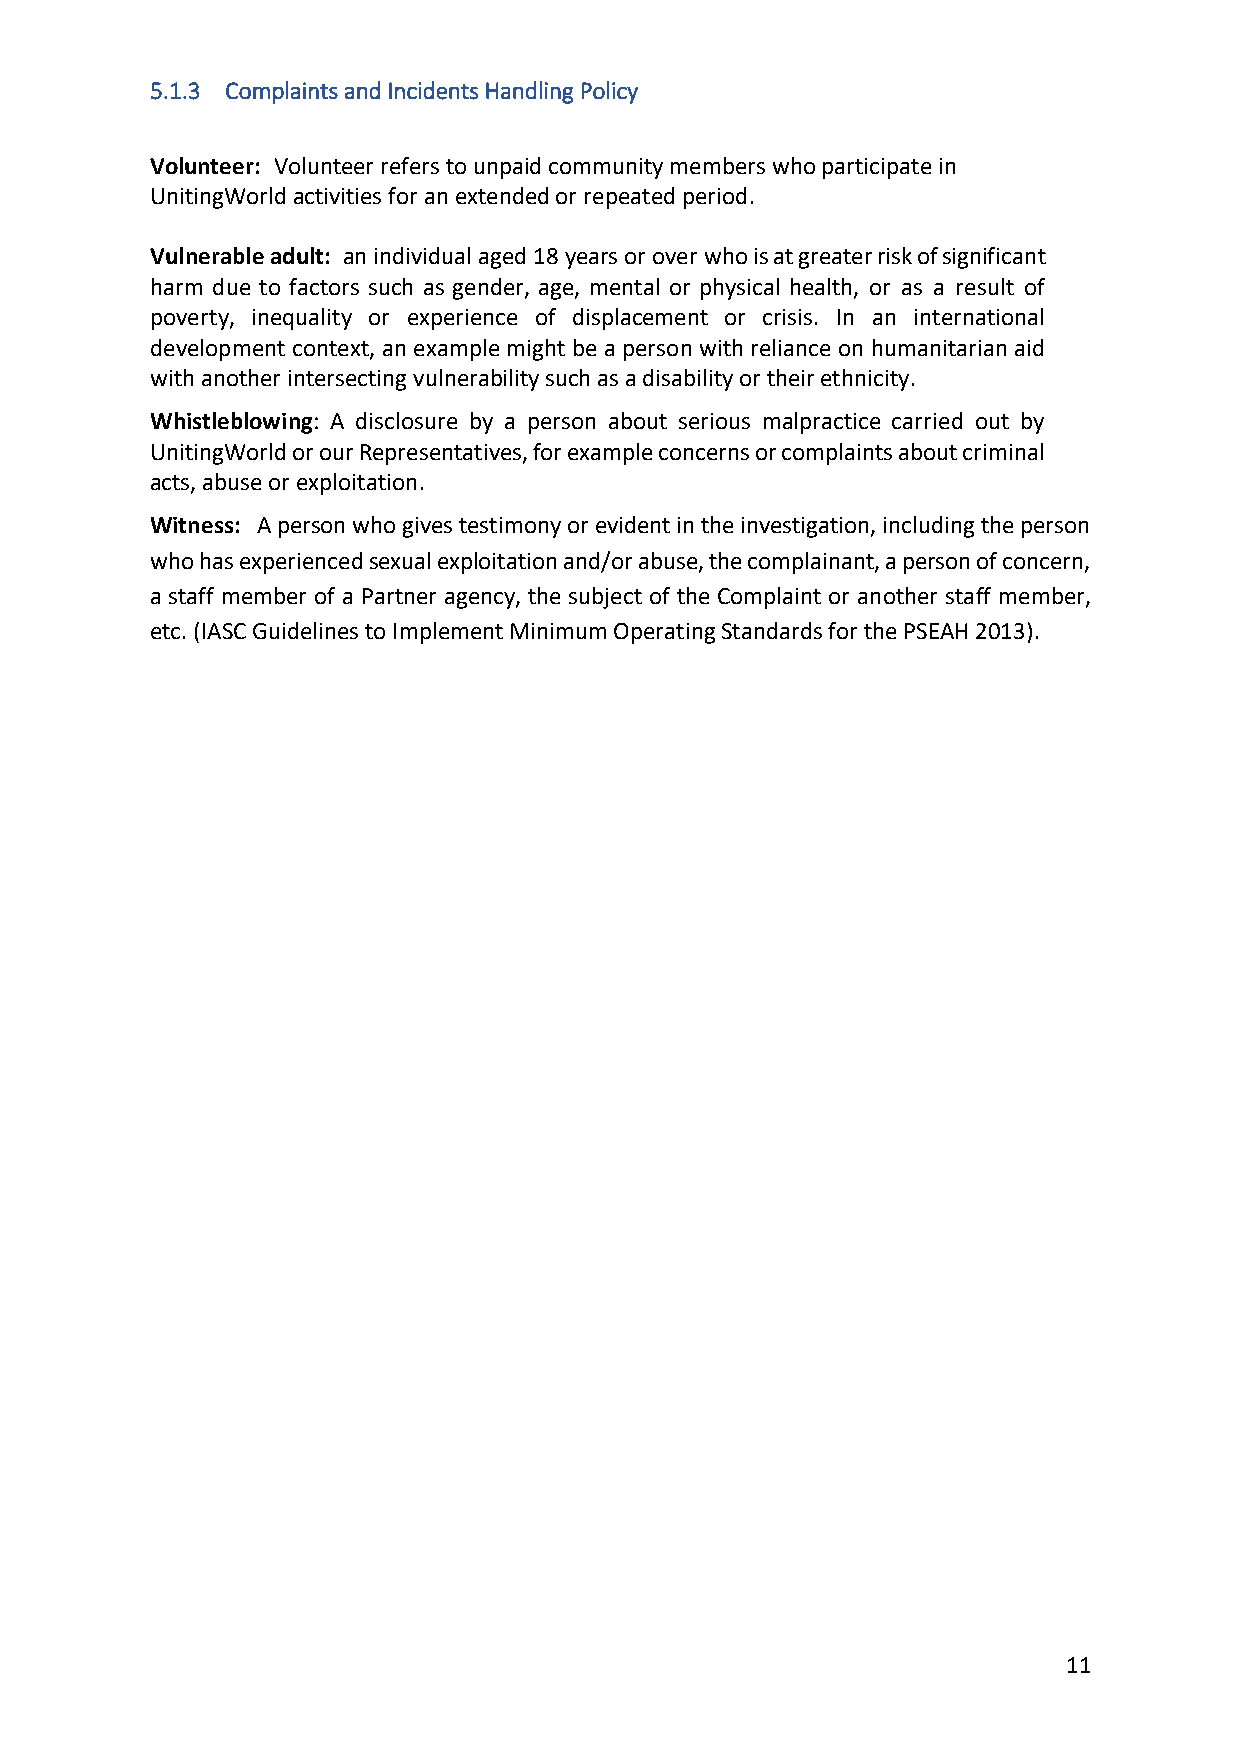
5.1.3 Complaints and Incidents Handling Policy
 Volunteer: Volunteer refers to unpaid community members who participate in
 UnitingWorld activities for an extended or repeated period.
 Vulnerable adult: an individual aged 18 years or over who is at greater risk of significant
 harm due to factors such as gender, age, mental or physical health, or as a result of
 poverty, inequality or experience of displacement or crisis. In an international
 development context, an example might be a person with reliance on humanitarian aid
 with another intersecting vulnerability such as a disability or their ethnicity.
 Whistleblowing: A disclosure by a person about serious malpractice carried out by
 UnitingWorld or our Representatives, for example concerns or complaints about criminal
 acts, abuse or exploitation.
 Witness: A person who gives testimony or evident in the investigation, including the person
 who has experienced sexual exploitation and/or abuse, the complainant, a person of concern,
 a staff member of a Partner agency, the subject of the Complaint or another staff member,
 etc. (IASC Guidelines to Implement Minimum Operating Standards for the PSEAH 2013).
 11